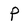
Character: p